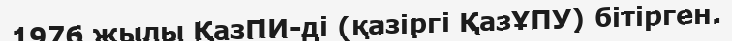
1976 жылы ҚазПИ-ді (қазіргі ҚазҰПУ) бітірген.